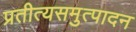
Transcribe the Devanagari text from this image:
प्रतीत्यसमुत्पादन